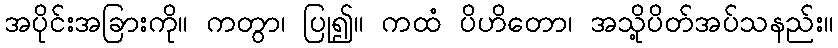
အပိုင်းအခြားကို။ ကတွာ၊ ပြု၍။ ကထံ ပိဟိတော၊ အသို့ပိတ်အပ်သနည်း။